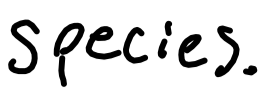
Text: species.
Cross-out: clean
Writing tool: digital_black